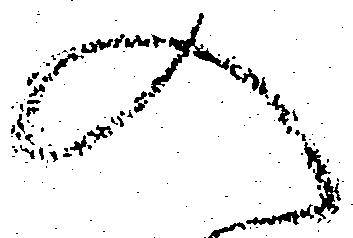
入